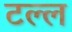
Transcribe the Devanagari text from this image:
टल्ल